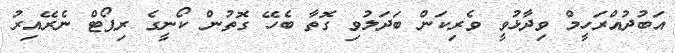
އަބުދުއްރަހީމް ވިދާޅުވީ ވެރިކަން ބަދަލުވި ގޮތާ ބެހޭ ގޮތުން ކޯނީގެ ރިޕޯޓް ނެރޭއިރު